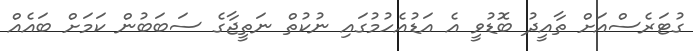
ގުޓަރެސްއަށް ތާއީދު ބޮޑުވީ އެ އަޑުއެހުމުގައި ނުކުތް ނަތީޖާގެ ސަބަބުން ކަމަށް ބައެއް